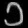
Digit: ၁